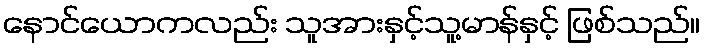
နောင်ယောကလည်း သူအားနှင့်သူ့မာန်နှင့် ဖြစ်သည်။